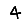
Digit: 4